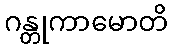
ဂန္တုကာမောတိ